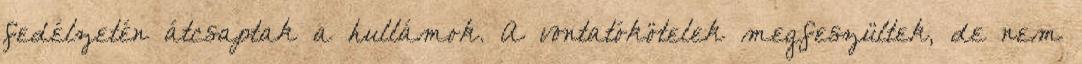
fedélzetén átcsaptak a hullámok. A vontatókötelek megfeszültek, de nem